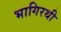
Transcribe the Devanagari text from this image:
भागिरथी